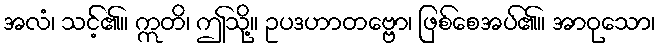
အလံ၊ သင့်၏။ ဣတိ၊ ဤသို့။ ဥပဒဟာတဗ္ဗော၊ ဖြစ်စေအပ်၏။ အာဝုသော၊